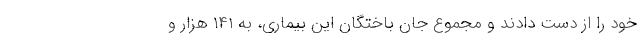
خود را از دست دادند و مجموع جان باختگان این بیماری، به ۱۴۱ هزار و